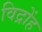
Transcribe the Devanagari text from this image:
विद्रोंह